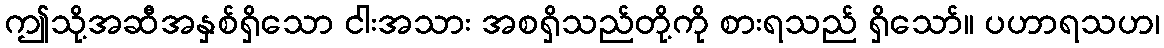
ဤသို့အဆီအနှစ်ရှိသော ငါးအသား အစရှိသည်တို့ကို စားရသည် ရှိသော်။ ပဟာရသဟ၊